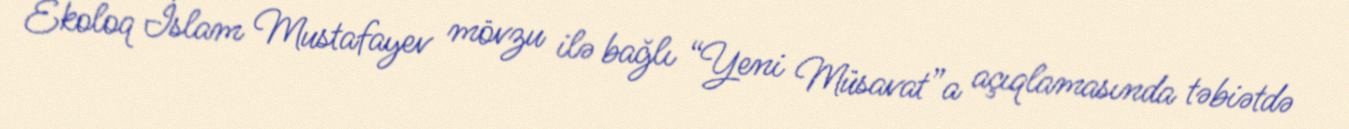
Ekoloq İslam Mustafayev mövzu ilə bağlı “Yeni Müsavat”a açıqlamasında təbiətdə